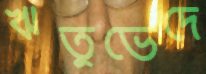
ঋতুভেদে